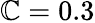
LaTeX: \mathbb{C}=0.3